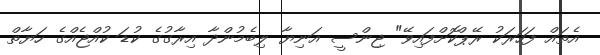
އެތައް ފަހަރަކު ރޭޕްކޮށްފައިވޭ" ޖިންސީ އަނިޔާ ލިބެމުންދާ އިރާގުގެ ކުޑަ ކުއްޖެއްގެ ހަޔާތް